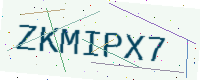
Text: ZKMIPX7